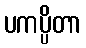
ပကပ္ပိတာ